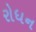
રોધન